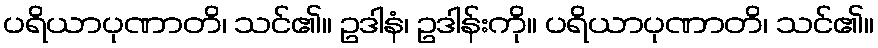
ပရိယာပုဏာတိ၊ သင်၏။ ဥဒါနံ၊ ဥဒါန်းကို။ ပရိယာပုဏာတိ၊ သင်၏။